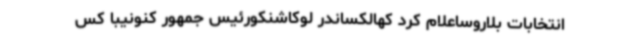
انتخابات بلاروساعلام کرد کهالکساندر لوکاشنکورئیس جمهور کنونیبا کس